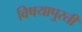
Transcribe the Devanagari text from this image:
विषयापुरती